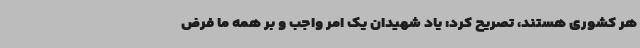
هر کشوری هستند، تصریح کرد: یاد شهیدان یک امر واجب و بر همه ما فرض